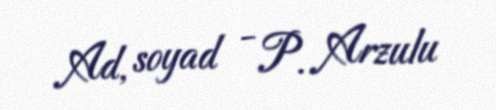
Ad, soyad - P. Arzulu